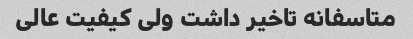
متاسفانه تاخیر داشت ولی کیفیت عالی